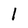
Character: 1